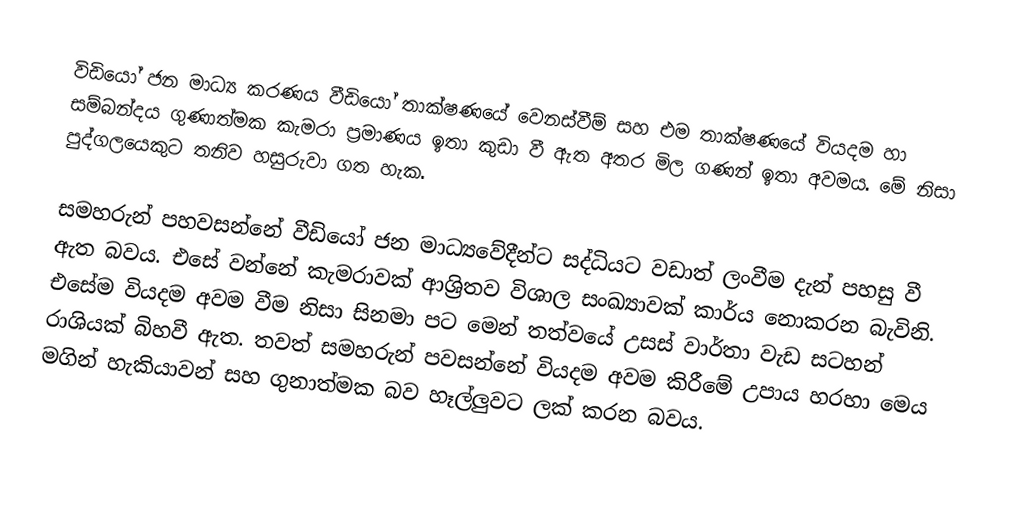
විඩියෝ ජන මාධ්‍ය කරණය වීඩියෝ තාක්ෂණයේ වෙනස්වීම් සහ එම තාක්ෂණයේ වියදම හා සම්බන්දය ගුණාත්මක කැමරා ප්‍රමාණය ඉතා කුඩා වී ඇත අතර මිල ගණන් ඉතා අවමය. මේ නිසා පුද්ගලයෙකුට තනිව හසුරුවා ගත හැක.

සමහරුන් පහවසන්නේ වීඩියෝ ජන මාධ්‍යවේදීන්ට සද්ධියට වඩාත් ලංවීම දැන් පහසු වී ඇත බවය. එසේ වන්නේ කැමරාවක් ආශ්‍රිතව විශාල සංඛ්‍යාවක් කාර්ය නොකරන බැවිනි. එසේම වියදම අවම වීම නිසා සිනමා පට මෙන් තත්වයේ උසස් වාර්තා වැඩ සටහන් රාශියක් බිහවී ඇත. තවත් සමහරුන් පවසන්නේ වියදම අවම කිරීමේ උපාය හරහා මෙය මගින් හැකියාවන් සහ ගුනාත්මක බව හෑල්ලුවට ලක් කරන බවය.